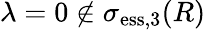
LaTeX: \lambda=0\not\in\sigma_{\mathrm{ess},3}(R)